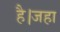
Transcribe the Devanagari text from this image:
है।जहा